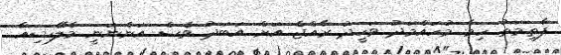
ފާތިމަތު ހިމާ މުހައްމަދު ވަހީދު ރާއްޖެ އަށް އަބަދު ވެސް އަންނަނީ މެލޭޝިއާ